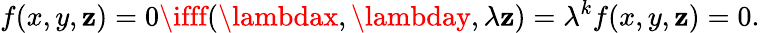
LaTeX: f(x,y,\mathbf{z})=0\ifff(\lambdax,\lambday,\lambda\mathbf{z})=\lambda^{k}f(x,y,\mathbf{z})=0.